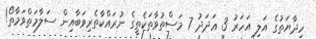
ހިދާޔަތުގެ އަލި އަހަރު 3 ޢަދަދު 7 މަސްތުވާތަކެތީގެ ނުރައްކާތެރިވަބާއިން ސަލާމަތްވަމާތޯ!